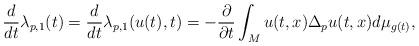
LaTeX: \begin{align*}\frac{d}{dt}\lambda_{p,1}(t) = \frac{d}{dt} \lambda_{p,1}(u(t), t) = - \frac{\partial} {\partial t} \int_M u(t,x) \Delta_p u(t,x) d\mu_{g(t)},\end{align*}